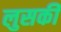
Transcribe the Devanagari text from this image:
लुसकी